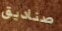
صناديق